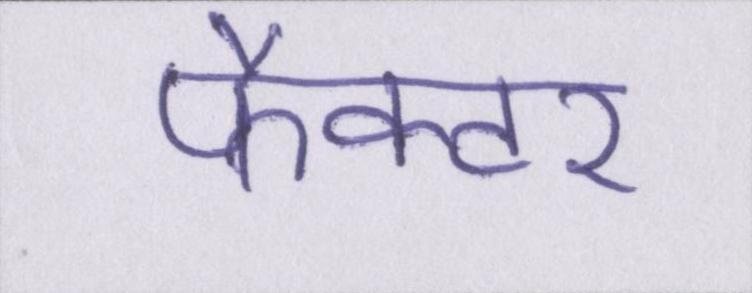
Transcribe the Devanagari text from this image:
फैक्टर